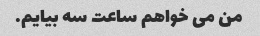
من می خواهم ساعت سه بیایم.